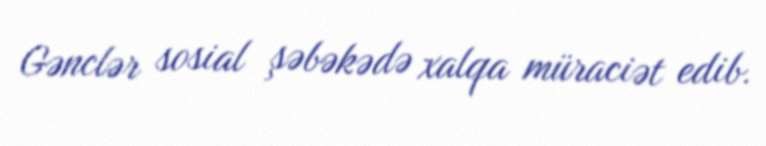
Gənclər sosial şəbəkədə xalqa müraciət edib.